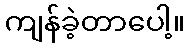
ကျန်ခဲ့တာပေါ့။